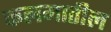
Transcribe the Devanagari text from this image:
कलमातील